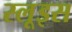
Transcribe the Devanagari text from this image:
स्लूइस